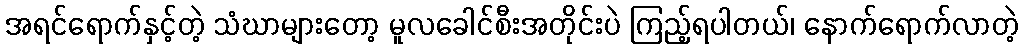
အရင်ရောက်နှင့်တဲ့ သံဃာများတော့ မူလခေါင်စီးအတိုင်းပဲ ကြည့်ရပါတယ်၊ နောက်ရောက်လာတဲ့